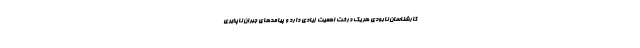
کارشناسان نابودی هر یک درخت اهمیت زیادی دارد و ‌پیامدهای جبران ناپذیری